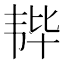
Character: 𫖒